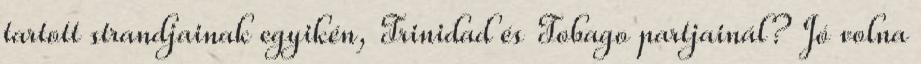
tartott strandjainak egyikén, Trinidad és Tobago partjainál? Jó volna